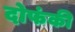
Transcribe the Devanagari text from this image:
दोफंकी